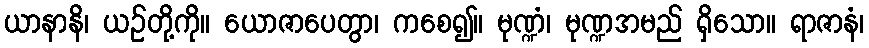
ယာနာနိ၊ ယဉ်တို့ကို။ ယောဇာပေတွာ၊ ကစေ၍။ မုဏ္ဍံ၊ မုဏ္ဍအမည် ရှိသော။ ရာဇာနံ၊